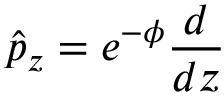
\hat { p } _ { z } = e ^ { - \phi } \frac { d } { d z }